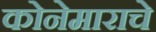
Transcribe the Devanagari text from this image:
कोनेमाराचे